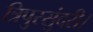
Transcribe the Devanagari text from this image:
त्रिपुरसुंदरी।